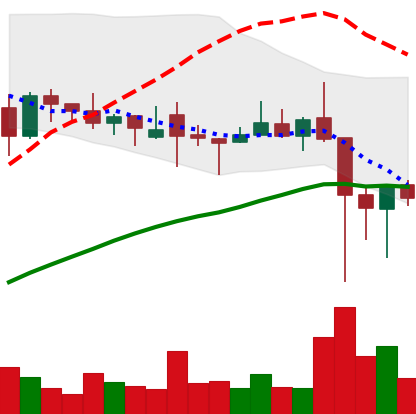
Ticker: XLM-USD
Chart end date: 2021-12-07
Forward return: -3.804%
Label: down_3_5